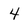
Character: 4